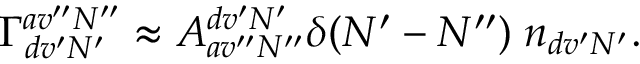
\begin{array} { r } { \Gamma _ { d v ^ { \prime } N ^ { \prime } } ^ { a v ^ { \prime \prime } N ^ { \prime \prime } } \approx A _ { a v ^ { \prime \prime } N ^ { \prime \prime } } ^ { d v ^ { \prime } N ^ { \prime } } \delta ( N ^ { \prime } - N ^ { \prime \prime } ) \; n _ { d v ^ { \prime } N ^ { \prime } } . } \end{array}